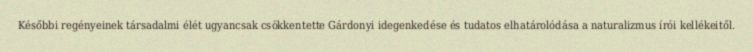
Későbbi regényeinek társadalmi élét ugyancsak csökkentette Gárdonyi idegenkedése és tudatos elhatárolódása a naturalizmus írói kellékeitől.